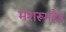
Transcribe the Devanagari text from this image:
मशरूमहैड